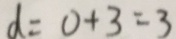
d = 0 + 3 = 3